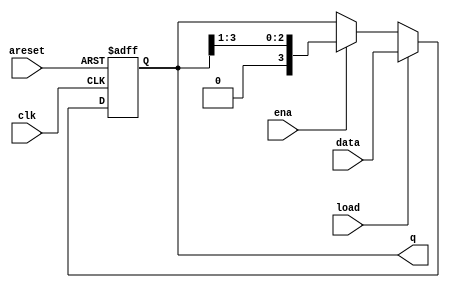
module top_module(
    input clk,
    input areset,  // async active-high reset to zero
    input load,
    input ena,
    input [3:0] data,
    output reg [3:0] q); 
    always @(posedge clk or posedge areset) begin
        if (areset) begin
            q <= 4'b0;
        end
        else if (load) begin
            q <= data; // Load data into shift register
        end
        else if (ena) begin 
            q[3:0] <= {1'b0, q[3:1]}; // Right shift
        end
    end

endmodule
module top_module(
    input clk,
    input areset,  // async active-high reset to zero
    input load,
    input ena,
    input [3:0] data,
    output reg [3:0] q); 
// Asynchronous reset: Notice the sensitivity list.
	// The shift register has four modes:
	//   reset
	//   load
	//   enable shift
	//   idle -- preserve q (i.e., DFFs)
	always @(posedge clk, posedge areset) begin
		if (areset)		// reset
			q <= 0;
		else if (load)	// load
			q <= data;
		else if (ena)	// shift is enabled
			q <= q[3:1];	// Use vector part select to express a shift.
	end
	
endmodule